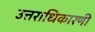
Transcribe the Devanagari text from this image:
उत्तराधिकारणी